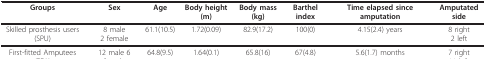
| Groups | Sex | Age | Body height (m) | Body mass(kg) | Barthel index | Time elapsed since amputation | Amputated side |
 | --- | --- | --- | --- | --- | --- | --- | --- |
 | Skilled prosthesis users (SPU) | 8 male2 female | 61.1(10.5) | 1.72(0.09) | 82.9(17.2) | 100(0) | 4.15(2.4) years | 8 right2 left |
 | First-fitted Amputees (FFA) | 12 male 6 female | 64.8(9.5) | 1.64(0.1) | 65.8(16) | 67(4.8) | 5.6(1.7) months | 7 right11 left |